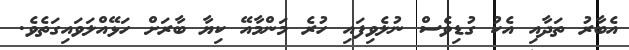
އެބާރު ތަދާއި އެކު ގުޑިވެސް ނުލެވިފައި ހުރެ މަންމާއޭ ކިޔާ ބާރަށް ހަޅޭއްލަވައިގަތެވެ.